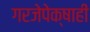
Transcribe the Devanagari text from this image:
गरजेपेक्षाही